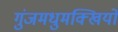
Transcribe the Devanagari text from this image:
गुंजमधुमक्खियों